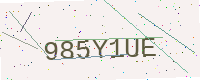
Text: 985Y1UE